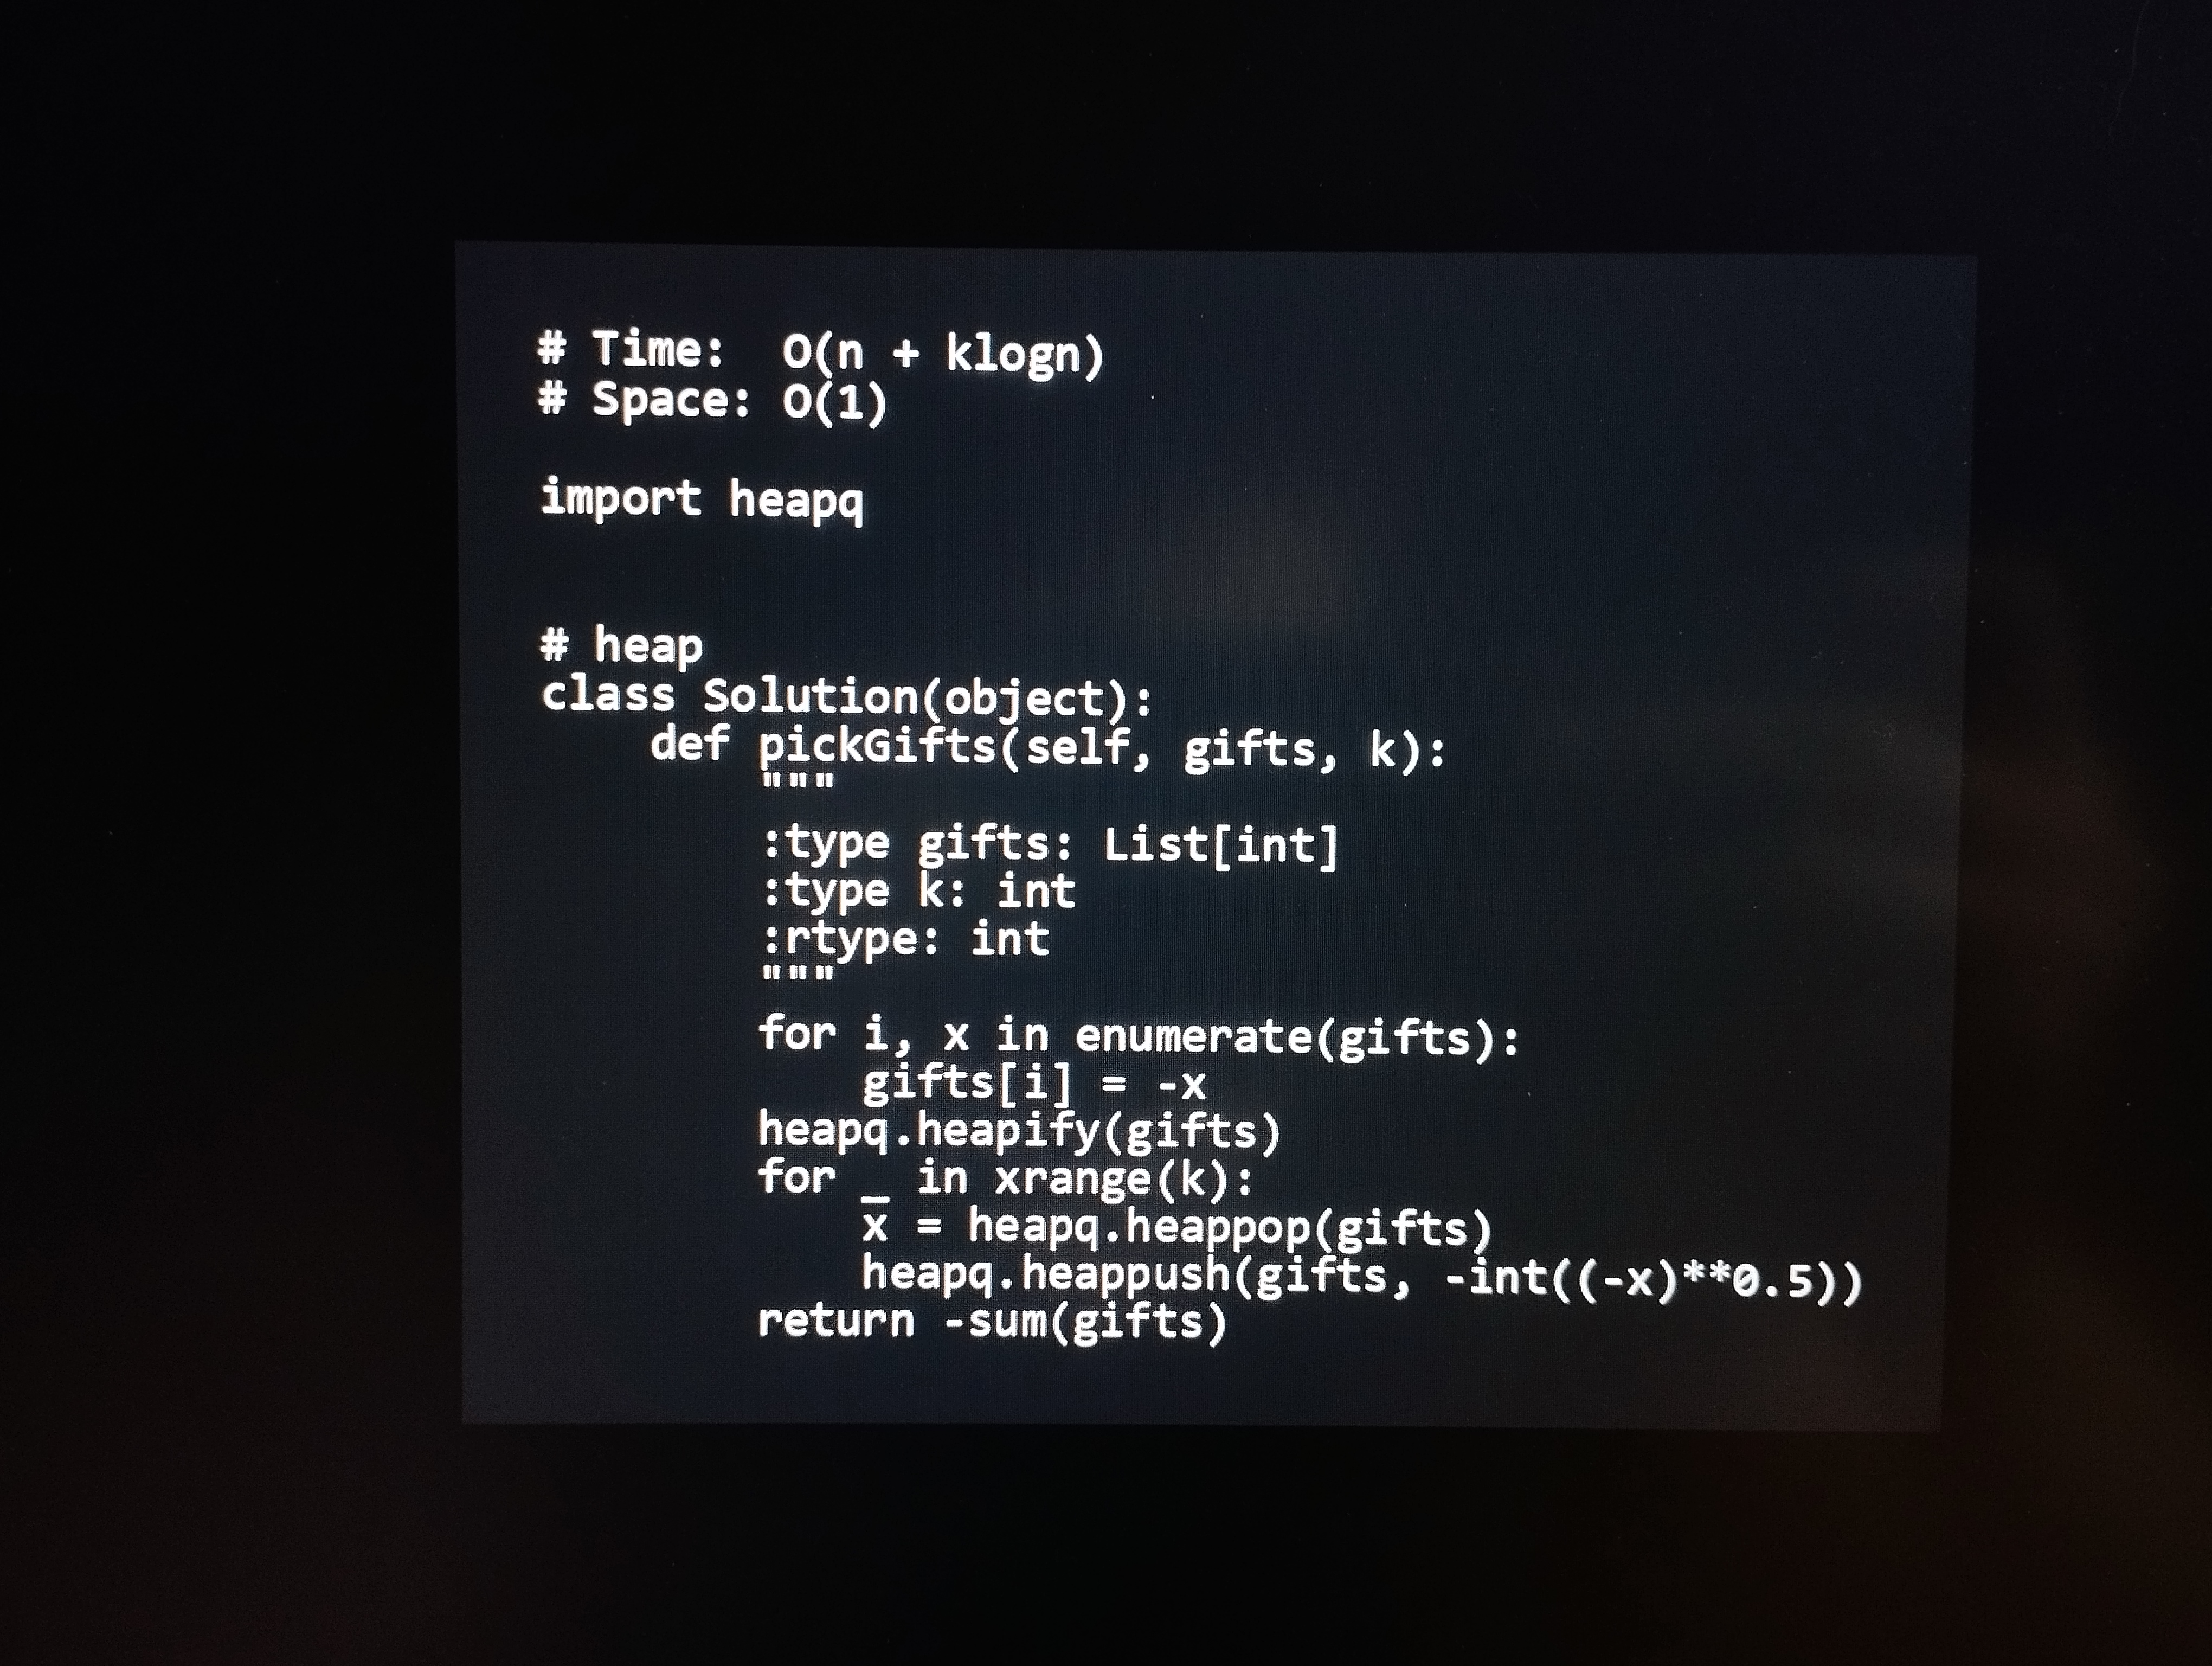
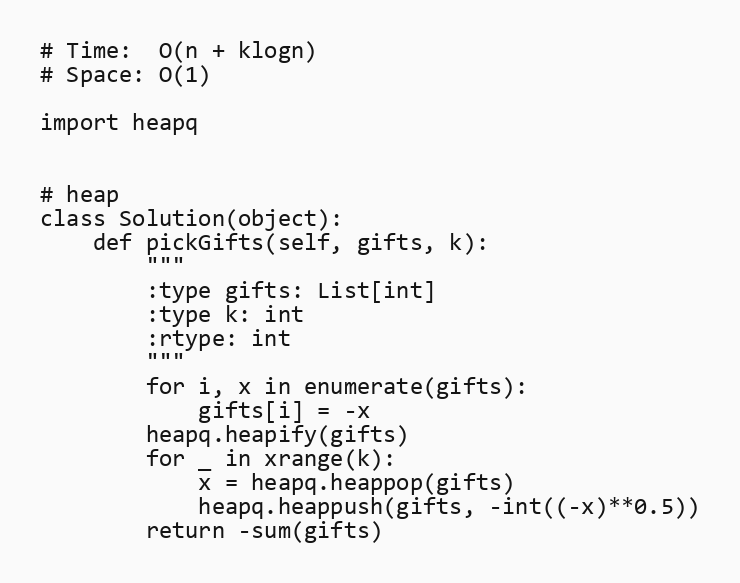
# Time:  O(n + klogn)
# Space: O(1)

import heapq

# heap
class Solution(object):
    def pickGifts(self, gifts, k):
        """
        :type gifts: List[int]
        :type k: int
        :rtype: int
        """
        for i, x in enumerate(gifts):
            gifts[i] = -x
        heapq.heapify(gifts)
        for _ in xrange(k):
            x = heapq.heappop(gifts)
            heapq.heappush(gifts, -int((-x)**0.5))
        return -sum(gifts)